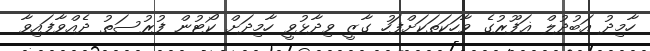
ހާމިދު އަބުދުލް ޣަފޫރުގެ ވާހަކަތަކަށްފަހު ގާޒީ ވިދާޅުވީ ހާމިދަށް ކޯޓުން ފުރުސަތު ދެއްވާފައިވާ